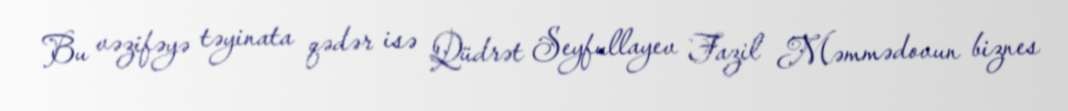
Bu vəzifəyə təyinata qədər isə Qüdrət Seyfullayev Fazil Məmmədovun biznes